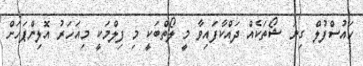
ހައުސްފުލް ގިނަ ޝޯތަކެއް ދައްކާފައިވާ މީ ލޯތްބަކީ މި ފިލްމަކީ މިއަހަރު އޮލިންޕަހަށް